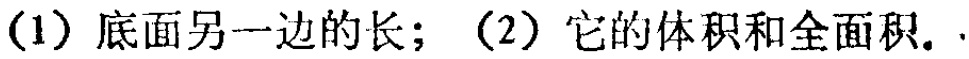
(1) 底面另一边的长；(2) 它的体积和全面积.